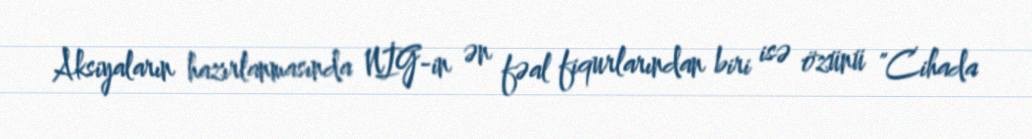
Aksiyaların hazırlanmasında NİG-in ən fəal fiqurlarından biri isə özünü "Cihada